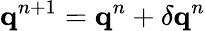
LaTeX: \mathbf{q}^{n+1}=\mathbf{q}^{n}+\delta\mathbf{q}^{n}